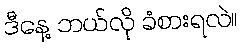
ဒီနေ့ ဘယ်လို ခံစားရလဲ။